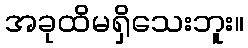
အခုထိမရှိသေးဘူး။